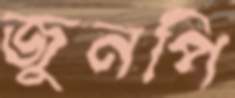
জুনপি